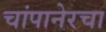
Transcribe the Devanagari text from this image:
चांपानेरचा